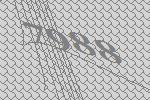
7988